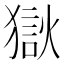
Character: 𰡤